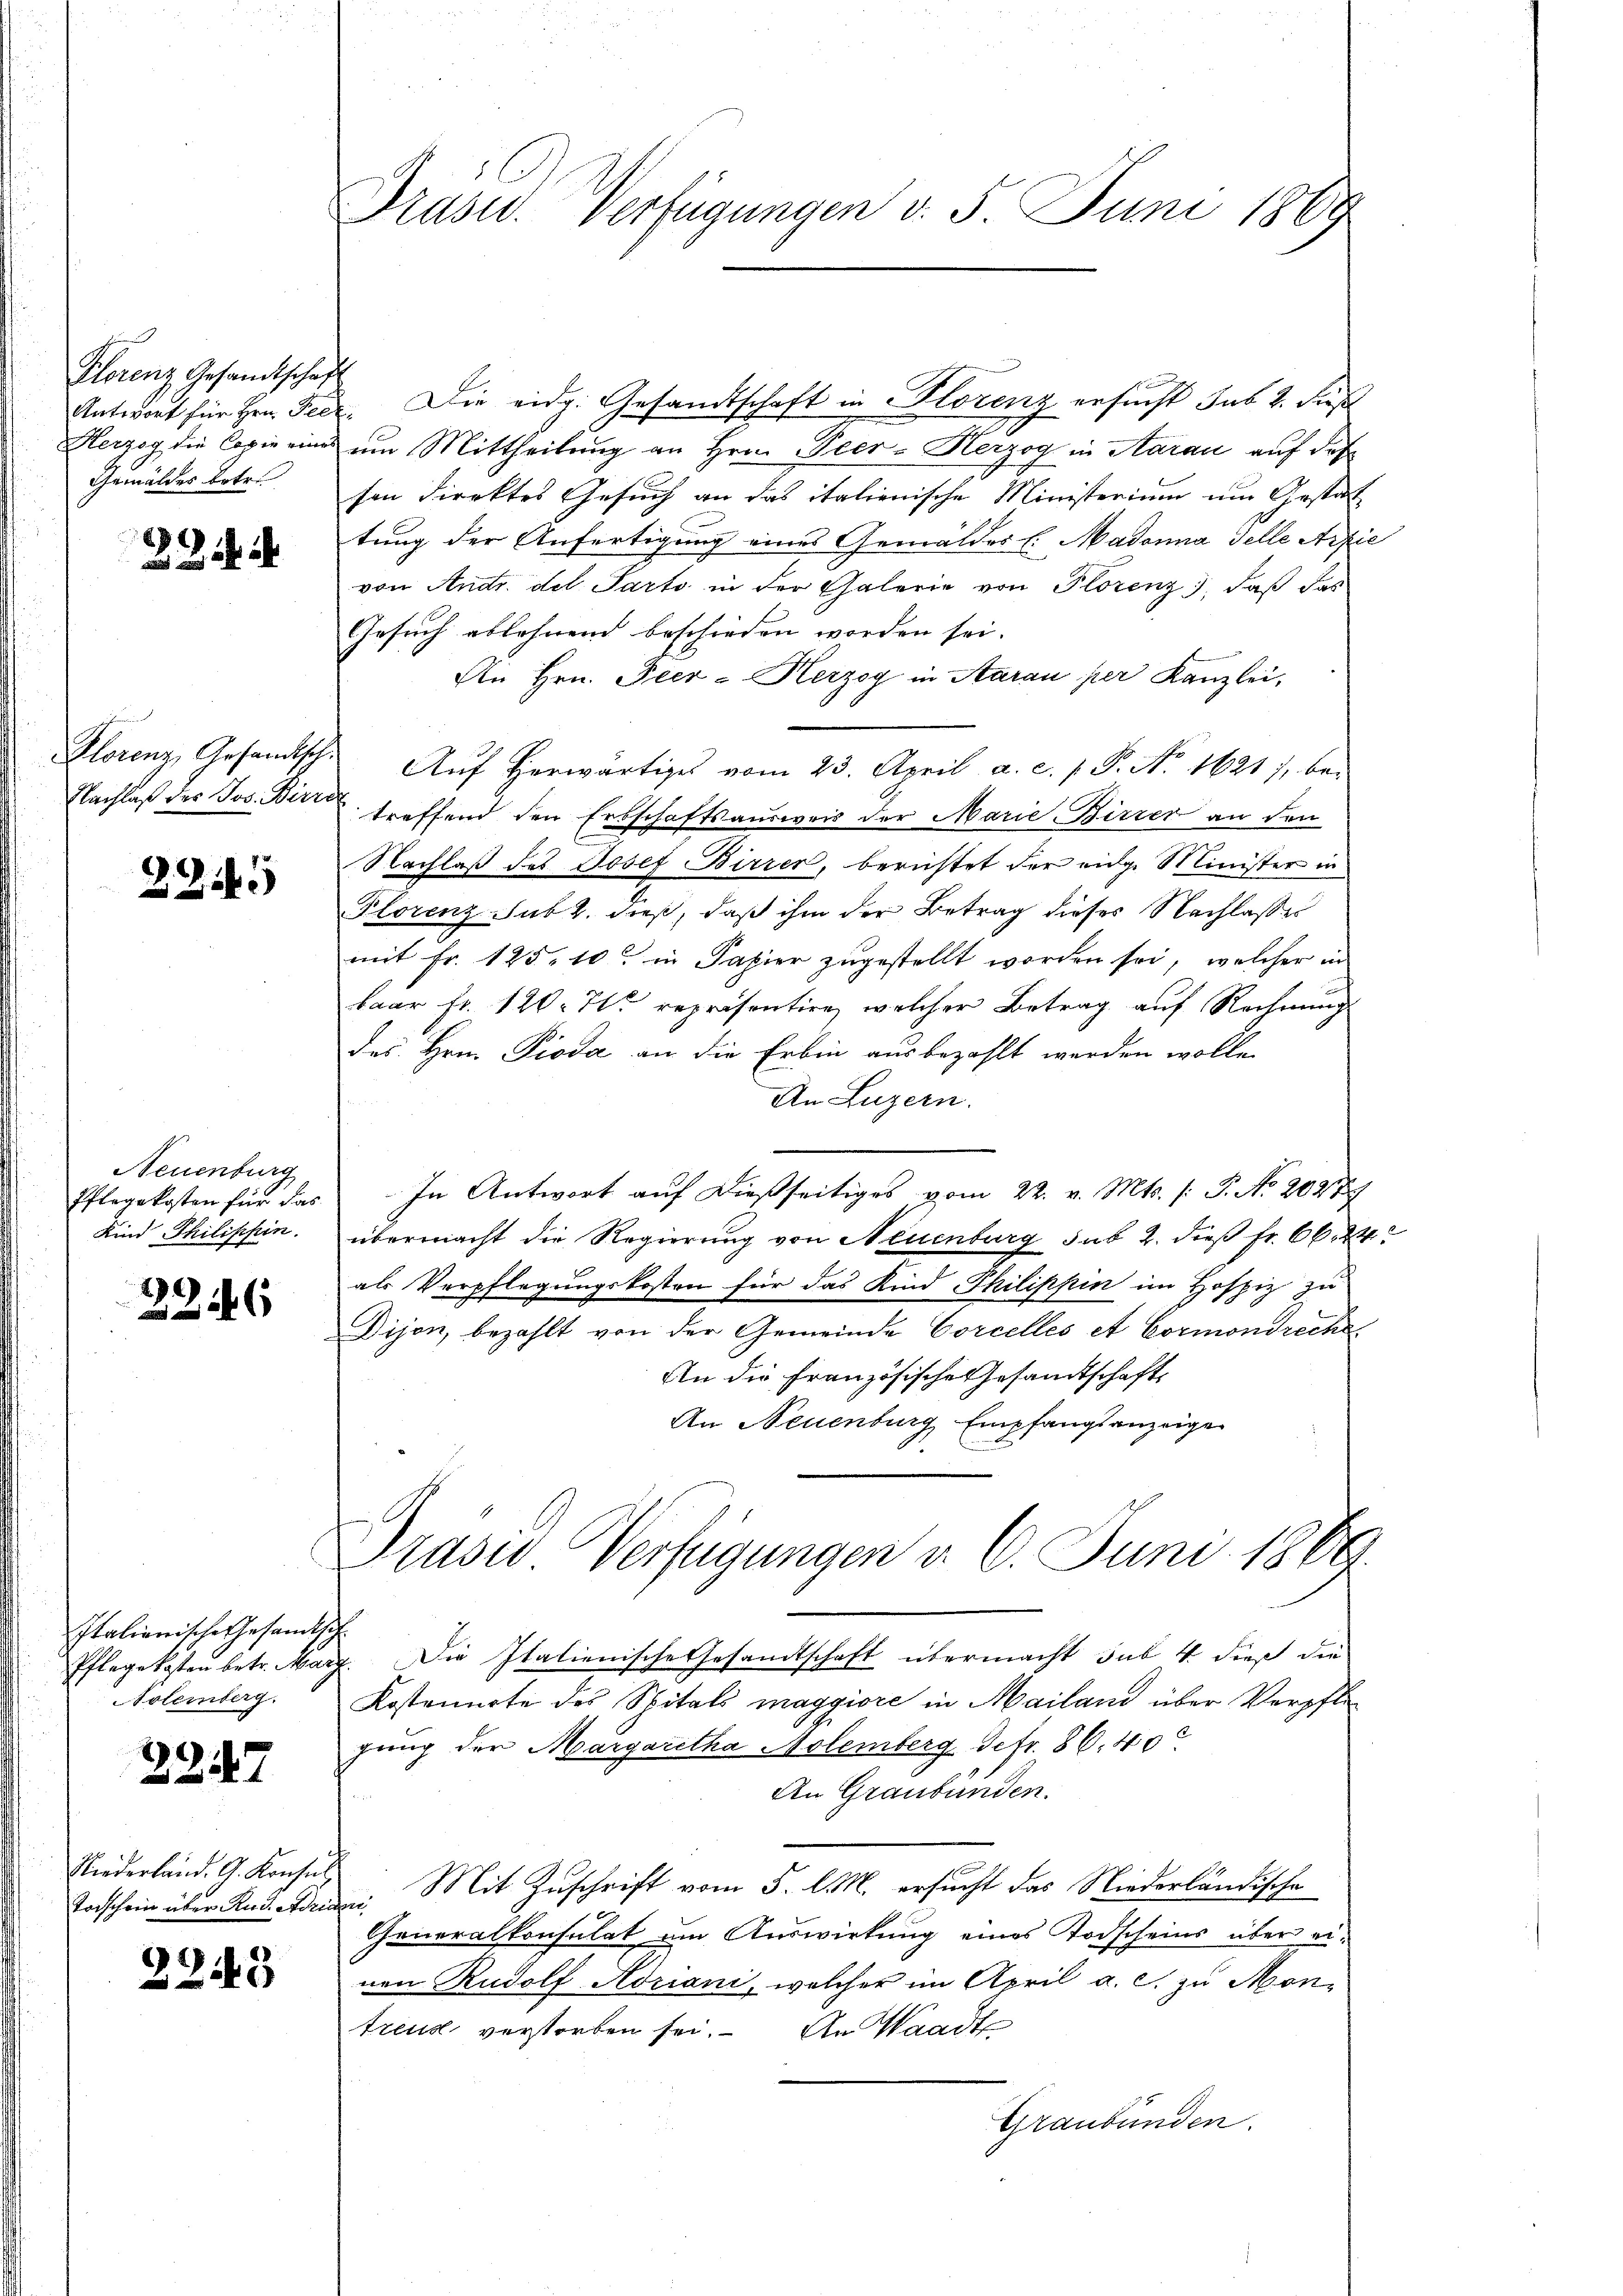
Florenz Gesandtschaf
Antwort für Hrn. Pee
Herzog die Copie einen
Gemäldes betr.

32. 4

Nachlaß des Jos. Bere

2345

Neuenburg
Pflegekosten für das
Kind Philippin

22146

Italienische Gesandtsch
Notemberg.

2947

Todschein über Ried. Adri

2243

Präsid. Verfügungen v. 5. Juni 1889

Die eidg. Gesandtschaft in Klotenz ersucht das 2. dieß
f
& um Mittheilung an Hrn. Peer-Herzog in Aarau auf das
sen Direktes Gesuch an das italienische Ministerium um Gestat
tung der Anfertigung eines Gemäldes l. Madonna Telle Arzie
von Andr. del Parto in der Galerie von Plorenz, daß das
Gesuch ablehnend beschieden worden sei.
An Hrn. Peer - Herzog in Aarau per Kanzlei,
Plorenz, Gesandtsch. Aŭf herwärtiges vom 23. April a. c. p. P. No. 1621), betreffend den Erbschaftsausweis der Marie Birrer an den
Nachlaß des Josef Birrer, berichtet der eidg. Minister in
Plorenz sub 2. dieß, daß ihm der Betrag dieses Nachlasses
mit Fr. 125. 10. in Papier zugestellt worden sei, welcher in
baar fr. 120. Hlr. repräsentire, welcher Betrag auf Rechnung
des Hrn. Pioda an die Erbin ausbezahlt werden wolle.
An Luzern.
In Antwort auf dießseitiges vom 22. v. Mts. (: P. No. 2027
übermacht die Regierung von Neuenburg sub 2. dieß fr. 66. 24
als Verpflegungskosten für das Kind Philippier im Hospiz zu
Dijon, bezahlt von der Gemeinde Corcelles et Cormondreche
An die Französische Gesandtschaft
An Neuenburg, Empfangsanzeige
Prasio Verfügungen d. 6. Juni 1866.
Pflegekosten betr. Marg. Die Italienische Gesandtschaft übermacht sub 4 dieß die
Kostenarte des Spitals maggiore in Mailand über Verpflegung der Margaretha Molemberg Gefr. 86. 40
An Graubünden.
Niederland. G. Konses Mit Zŭschrift vom 5. l. M. ersucht das Niederländische
ie
Generalkonsulat um Auswirkung eines Todscheins über einen Rudolf Adriani, welcher im April a. c. zu Montreuse verstorben sei. An Waadt
Graubünden.